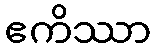
ဧကိဿာ